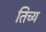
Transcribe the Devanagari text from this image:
तिच्य